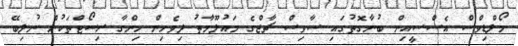
މޯލްޑިވްސް އެސްސީއިން ބުނާގޮތުގައި ސާވިސް ޗާޖްގެ މައުލޫމާތު ދިވެހިން ހިންގާ ރިސޯޓްތަކުން ނުލިބޭ